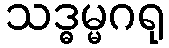
သဒ္ဓမ္မဂရု